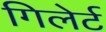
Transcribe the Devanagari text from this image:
गिलेर्ट